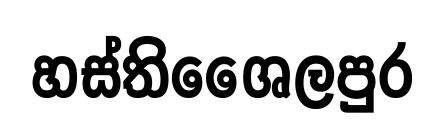
හස්තිශෛලපුර